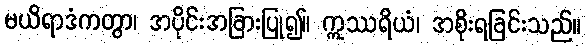
မယိရာဒံကတွာ၊ အပိုင်းအခြားပြု၍။ ဣဿရိယံ၊ အစိုးရခြင်းသည်။